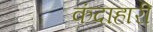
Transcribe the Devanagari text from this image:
कंदाहारी